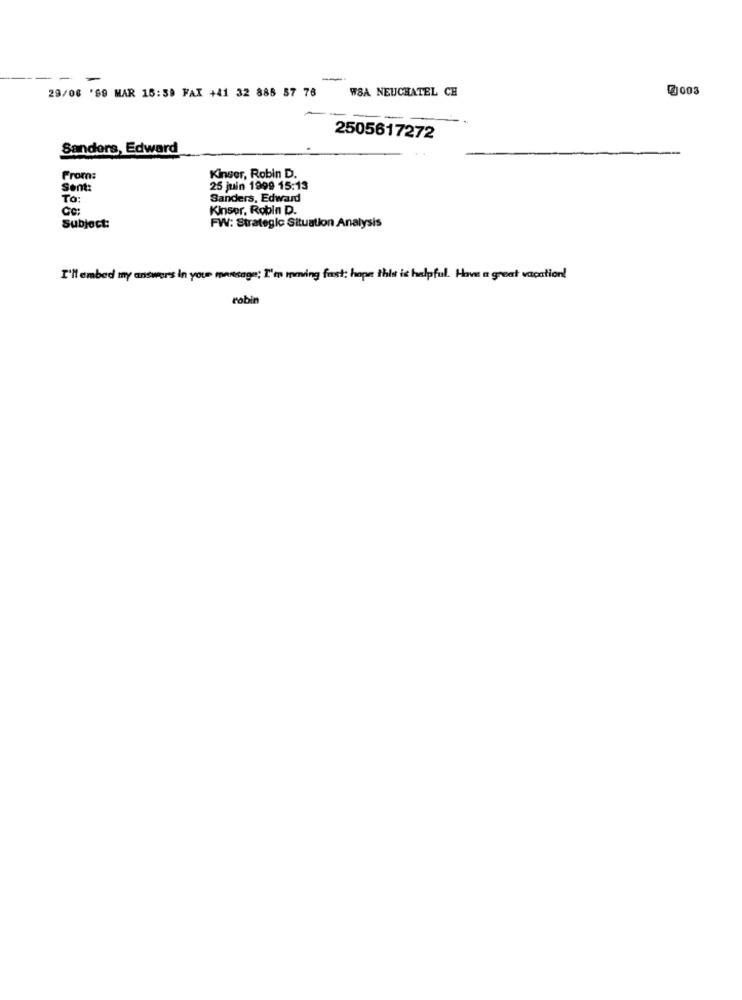
29/06 '89 MAR 16:58 FAX +41 32 885 87 76
W8A NEUCHATEL CH
@J003
2505617272
Sanders, Edward
From:
Kinser, Robin D.
Sent:
25 juin 1999 15:13
To:
Sanders, Edward
Cc:
Kinser, Robin D.
FW: Strategic Situation Analysis
Subject:
I'll embed my answers in your message: I'm mming fast; hope this is helpful. Have a great vacation!
robin